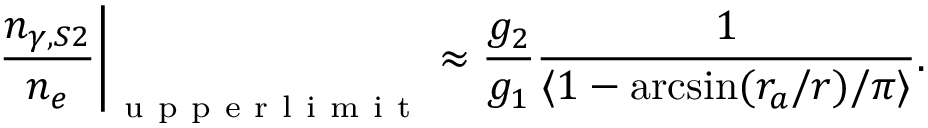
\frac { n _ { \gamma , S 2 } } { n _ { e } } \bigg \vert _ { \mathrm { ~ u ~ p ~ p ~ e ~ r ~ l ~ i ~ m ~ i ~ t ~ } } \approx \frac { g _ { 2 } } { g _ { 1 } } \frac { 1 } { \langle 1 - \arcsin ( r _ { a } / r ) / \pi \rangle } .